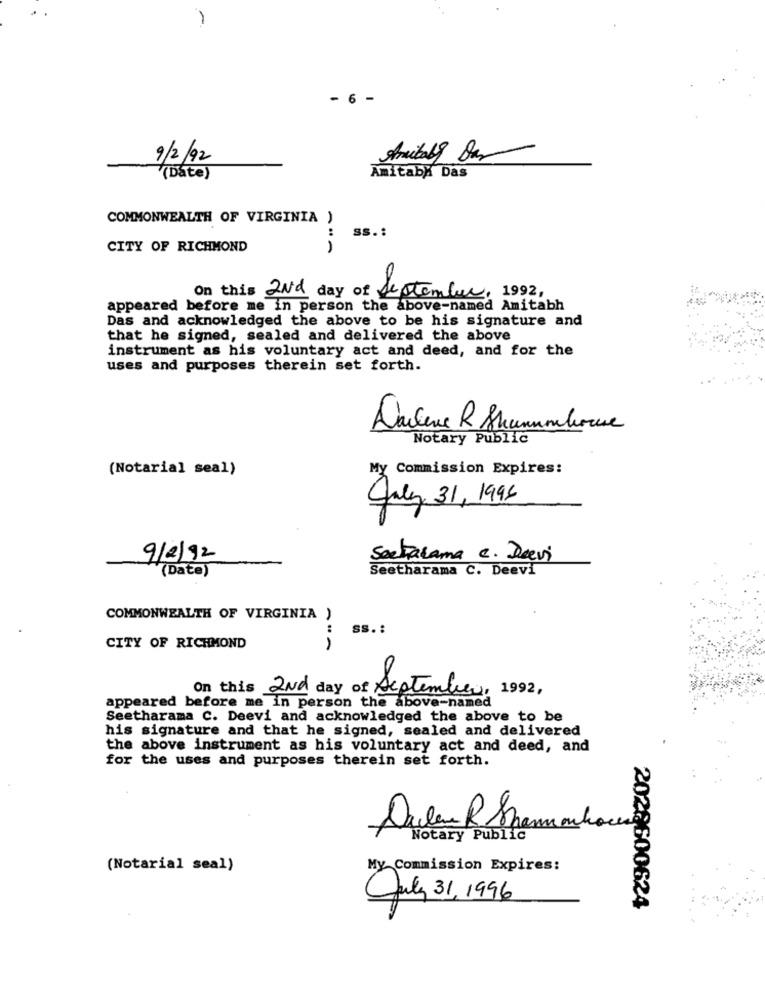
-
- 6 -
9/2/92
Anitaly Sar
(Date)
Amitaby Das
COMMONWEALTH OF VIRGINIA )
Ss .:
CITY OF RICHMOND
On this 2Nd day of September, 1992,
appeared before me in person the above-named Amitabh
Das and acknowledged the above to be his signature and
that he signed, sealed and delivered the above
instrument as his voluntary act and deed, and for the
uses and purposes therein set forth.
Notary Public
(Notarial seal)
My Commission Expires:
Julez 31, 1995
9/2/92
Sactarama c. Dievi
(Date)
Seetharama C. Deevi
COMMONWEALTH OF VIRGINIA )
:
SS. :
CITY OF RICHMOND
On this 2Nd day of September
appeared before me in person the above-named
Seetharama C. Deevi and acknowledged the above to be
his signature and that he signed, sealed and delivered
the above instrument as his voluntary act and deed, and
for the uses and purposes therein set forth.
Darlene R Spammihor
Notary Public
(Notarial seal)
My Commission Expires:
July 31, 1996
2028600624